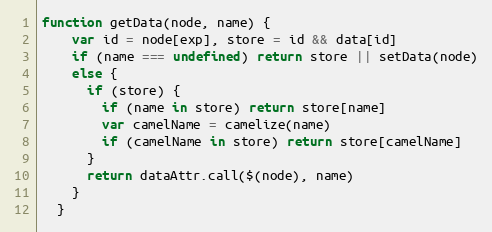
Language: JavaScript
function getData(node, name) {
    var id = node[exp], store = id && data[id]
    if (name === undefined) return store || setData(node)
    else {
      if (store) {
        if (name in store) return store[name]
        var camelName = camelize(name)
        if (camelName in store) return store[camelName]
      }
      return dataAttr.call($(node), name)
    }
  }